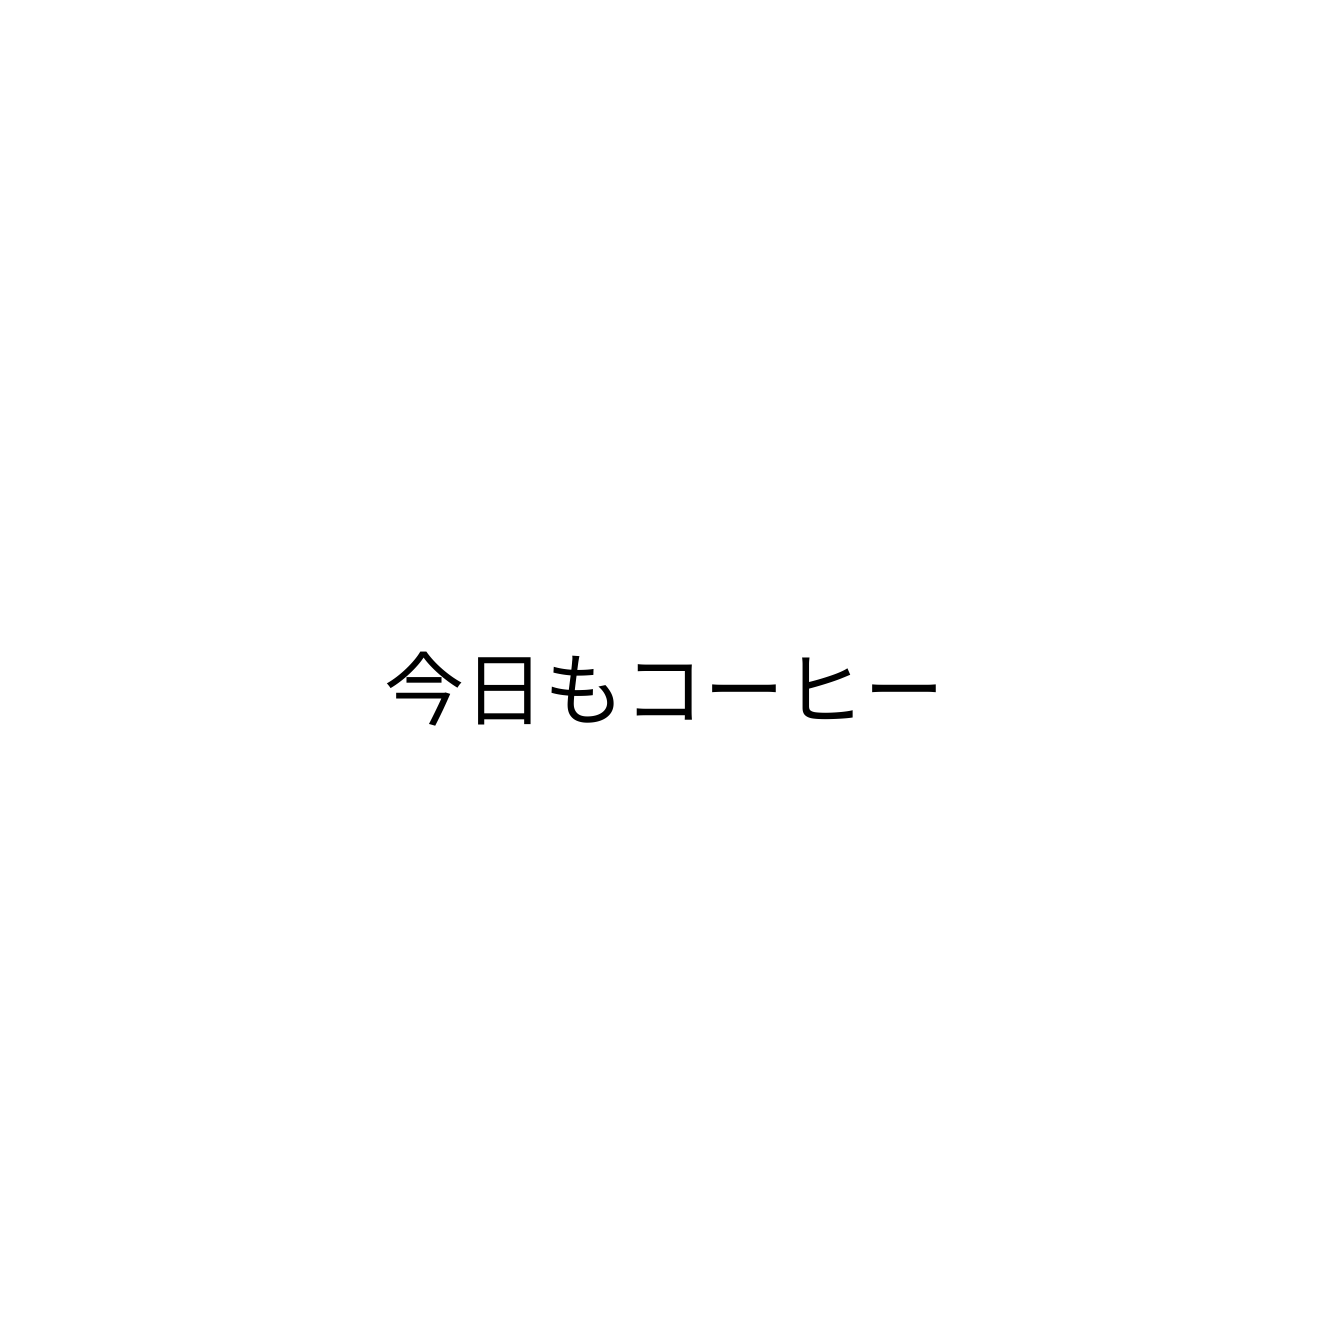
今日もコーヒー